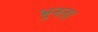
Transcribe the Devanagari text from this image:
भूनता